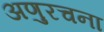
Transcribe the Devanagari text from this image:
अणुरचना